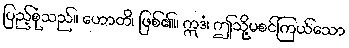
ပြည့်စုံသည်။ ဟောတိ၊ ဖြစ်၏။ ဣဒံ၊ ဤသို့မစင်ကြယ်သော